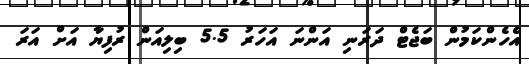
އެހެންކަމުން ބަޖެޓް ދަރަނި އަންނަ އަހަރު 5.5 ބިލިއަން ރުފިޔާ އަށް އަރަ